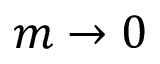
m \to 0